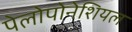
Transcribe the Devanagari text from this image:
पेलोपोनेशियल